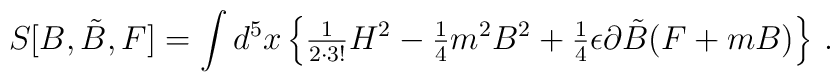
S[B,\tilde{B},F] = \int d^{5}x                      \left\{{\textstyle\frac{1}{2\cdot 3!}} H^2 -{\textstyle\frac{1}{4}} m^2 B^2+{\textstyle\frac{1}{4}}\epsilon \partial\tilde{B} (F+mB)                      \right\}\, .